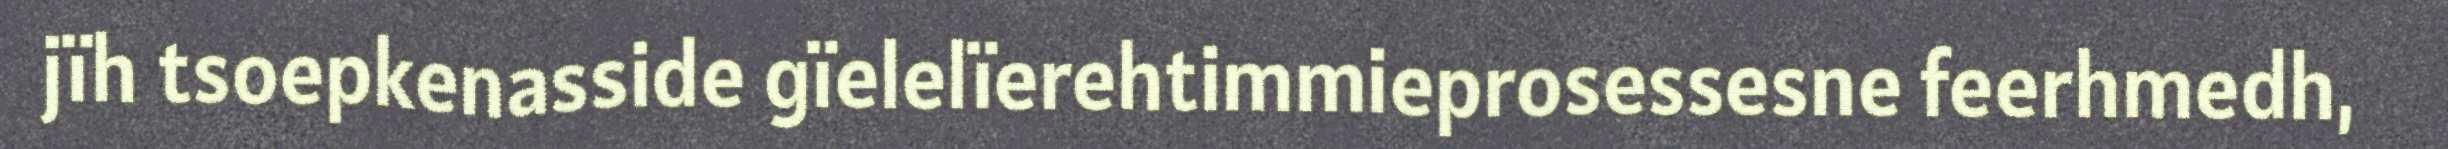
jïh tsoepkenasside gïelelïerehtimmieprosessesne feerhmedh,